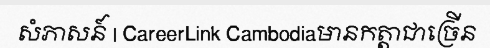
សំភាសន៍ | CareerLink Cambodiaមានកត្តាជាច្រើន